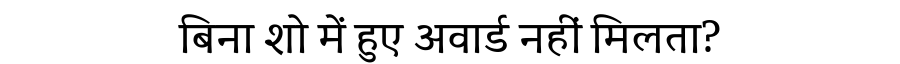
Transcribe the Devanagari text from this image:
बिना शो में हुए अवार्ड नहीं मिलता?